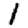
Digit: 1